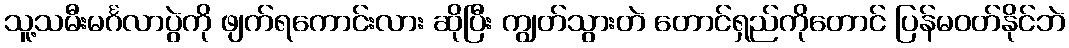
သူ့သမီးမင်္ဂလာပွဲကို ဖျက်ရကောင်းလား ဆိုပြီး ကျွတ်သွားတဲ တောင်ရှည်ကိုတောင် ပြန်မဝတ်နိုင်ဘဲ